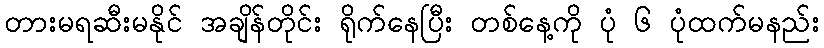
တားမရဆီးမနိုင် အချိန်တိုင်း ရိုက်နေပြီး တစ်နေ့ကို ပုံ ၆ ပုံထက်မနည်း